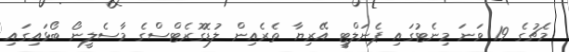
މެޗުގެ 19 ވަނަ މިނެޓުގައި ޕެނަލްޓީ އޭރިޔާ ތެރެއިން ލުޑޮގޮރެޓްސްގެ މާސެލީނޯ ބޯޅައިގައި